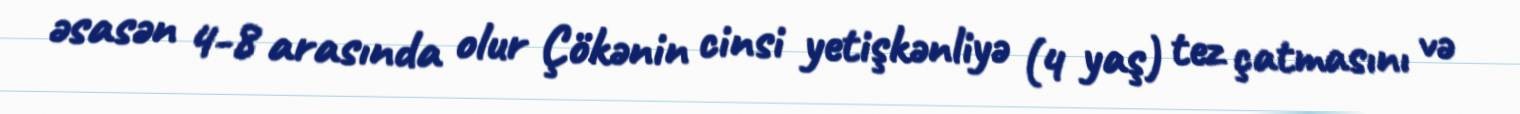
əsasən 4-8 arasında olur Çökənin cinsi yetişkənliyə (4 yaş) tez çatmasını və